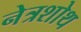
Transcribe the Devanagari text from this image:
नेत्रशोथ